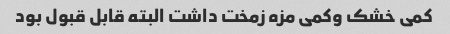
کمی خشک وکمی مزه زمخت داشت البته قابل قبول بود